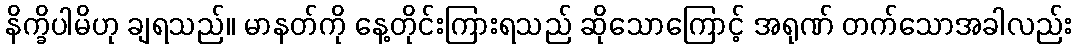
နိက္ခိပါမိဟု ချရသည်။ မာနတ်ကို နေ့တိုင်းကြားရသည် ဆိုသောကြောင့် အရုဏ် တက်သောအခါလည်း